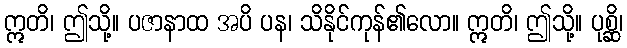
ဣတိ၊ ဤသို့။ ပဇာနာထ အပိ ပန၊ သိနိုင်ကုန်၏လော။ ဣတိ၊ ဤသို့။ ပုစ္ဆိ၊